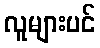
လူများပင်